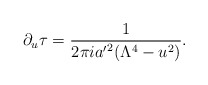
\begin{align*}\partial_u\tau={1\over 2\pi i {a'}^2(\Lambda^4-u^2)}.\end{align*}